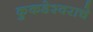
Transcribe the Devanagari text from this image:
कुकडेश्वराचे